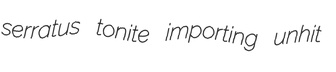
serratus tonite importing unhit